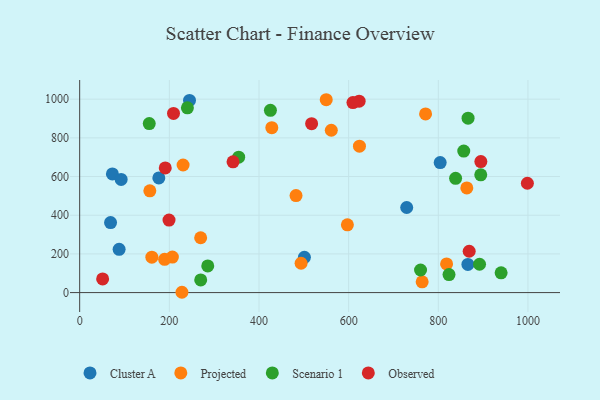
{"axis": {"x": "Investment", "y": "Salary"}, "legend": ["Cluster A", "Observed", "Projected", "Scenario 1"], "data": [{"x": "176.6", "y": 593.1, "type": "Cluster A"}, {"x": "68.9", "y": 361.9, "type": "Cluster A"}, {"x": "88.0", "y": 223.6, "type": "Cluster A"}, {"x": "501.3", "y": 182.4, "type": "Cluster A"}, {"x": "729.5", "y": 440.0, "type": "Cluster A"}, {"x": "804.2", "y": 672.4, "type": "Cluster A"}, {"x": "73.0", "y": 613.3, "type": "Cluster A"}, {"x": "866.0", "y": 145.8, "type": "Cluster A"}, {"x": "245.0", "y": 993.6, "type": "Cluster A"}, {"x": "92.5", "y": 585.0, "type": "Cluster A"}, {"x": "269.9", "y": 283.6, "type": "Projected"}, {"x": "764.0", "y": 55.4, "type": "Projected"}, {"x": "230.7", "y": 659.7, "type": "Projected"}, {"x": "189.5", "y": 172.1, "type": "Projected"}, {"x": "561.3", "y": 839.4, "type": "Projected"}, {"x": "597.2", "y": 350.5, "type": "Projected"}, {"x": "156.5", "y": 526.0, "type": "Projected"}, {"x": "771.6", "y": 923.9, "type": "Projected"}, {"x": "550.0", "y": 997.2, "type": "Projected"}, {"x": "228.1", "y": 1.6, "type": "Projected"}, {"x": "206.8", "y": 183.4, "type": "Projected"}, {"x": "428.6", "y": 852.6, "type": "Projected"}, {"x": "161.0", "y": 183.1, "type": "Projected"}, {"x": "493.9", "y": 151.6, "type": "Projected"}, {"x": "863.6", "y": 541.0, "type": "Projected"}, {"x": "818.5", "y": 148.4, "type": "Projected"}, {"x": "624.1", "y": 757.1, "type": "Projected"}, {"x": "482.6", "y": 501.6, "type": "Projected"}, {"x": "866.4", "y": 901.8, "type": "Scenario 1"}, {"x": "823.9", "y": 93.3, "type": "Scenario 1"}, {"x": "894.7", "y": 609.0, "type": "Scenario 1"}, {"x": "155.2", "y": 873.7, "type": "Scenario 1"}, {"x": "354.7", "y": 700.4, "type": "Scenario 1"}, {"x": "940.1", "y": 102.4, "type": "Scenario 1"}, {"x": "760.4", "y": 116.8, "type": "Scenario 1"}, {"x": "892.0", "y": 146.5, "type": "Scenario 1"}, {"x": "240.3", "y": 955.4, "type": "Scenario 1"}, {"x": "856.8", "y": 731.8, "type": "Scenario 1"}, {"x": "270.0", "y": 65.4, "type": "Scenario 1"}, {"x": "285.7", "y": 138.0, "type": "Scenario 1"}, {"x": "425.5", "y": 942.3, "type": "Scenario 1"}, {"x": "838.6", "y": 590.9, "type": "Scenario 1"}, {"x": "868.9", "y": 213.8, "type": "Observed"}, {"x": "623.4", "y": 989.6, "type": "Observed"}, {"x": "190.9", "y": 644.4, "type": "Observed"}, {"x": "199.3", "y": 375.1, "type": "Observed"}, {"x": "894.9", "y": 677.4, "type": "Observed"}, {"x": "609.6", "y": 982.7, "type": "Observed"}, {"x": "517.4", "y": 873.6, "type": "Observed"}, {"x": "342.1", "y": 676.0, "type": "Observed"}, {"x": "209.3", "y": 926.6, "type": "Observed"}, {"x": "998.7", "y": 565.2, "type": "Observed"}, {"x": "51.2", "y": 70.7, "type": "Observed"}]}